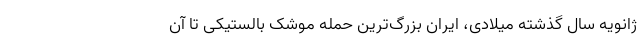
ژانویه سال گذشته میلادی، ایران بزرگ‌ترین حمله موشک بالستیکی تا آن